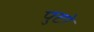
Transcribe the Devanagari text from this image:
पुटो